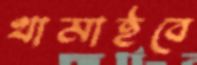
থামাইবে